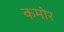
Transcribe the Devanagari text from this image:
कमोर